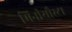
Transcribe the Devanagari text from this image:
मिनीयौस्टा